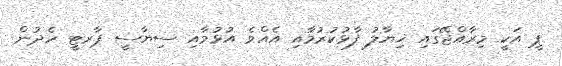
ޕީ އަކީ މިރާއްޖޭގައި ޚިޔާލު ފާޅުކުރުމާއި އެއްވެ އުޅުމާއި ސިޔާސީ ޕާރޓީ ހެދުން